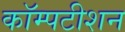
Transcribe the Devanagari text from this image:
कॉम्पटीशन